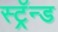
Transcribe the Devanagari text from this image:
स्ट्रॅन्ड